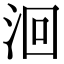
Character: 洄